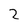
Character: 2